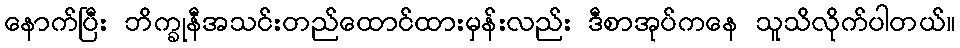
နောက်ပြီး ဘိက္ခုနီအသင်းတည်ထောင်ထားမှန်းလည်း ဒီစာအုပ်ကနေ သူသိလိုက်ပါတယ်။